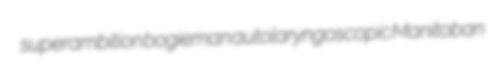
superambition bogieman autolaryngoscopic Manitoban